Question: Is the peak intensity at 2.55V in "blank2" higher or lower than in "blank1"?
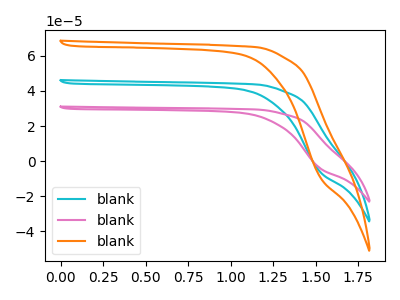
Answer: <think>The cyan curve "blank1" has no peaks. The pink curve "blank2" has no peaks. The orange curve "blank3" has no peaks.</think>
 <answer>"blank2" and "blank1" dont share a peak at 2.55V.</answer>
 <eval>mismatch</eval>